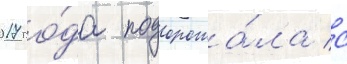
2017 го́да подорожа́ла с